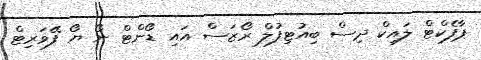
ޕާފެކްޓް ލައިކް ދިސް ބިއުޓިފުލް ރޯޒަސް އައި ޑޯންޓް ނޯ ޔޯ ފޭވަރިޓް